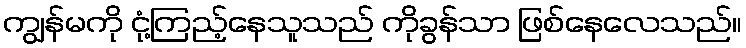
ကျွန်မကို ငုံ့ကြည့်နေသူသည် ကိုခွန်သာ ဖြစ်နေလေသည်။